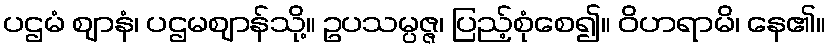
ပဌမံ ဈာနံ၊ ပဌမဈာန်သို့။ ဥပသမ္ပဇ္ဇ၊ ပြည့်စုံစေ၍။ ဝိဟရာမိ၊ နေ၏။